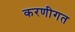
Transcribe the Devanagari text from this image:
करणीगत